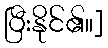
ပြီးနိုင်၏။]